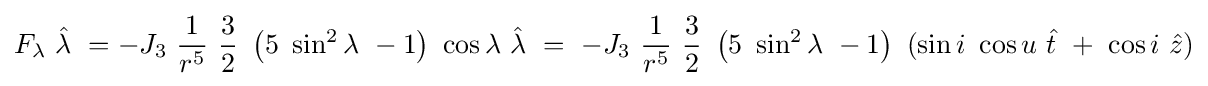
F_{\lambda }\ {\hat {\lambda }}\ =-J_{3}\ {\frac {1}{r^{5}}}\ {\frac {3}{2}}\ \left(5\ \sin ^{2}\lambda \ -1\right)\ \cos \lambda \ {\hat {\lambda }}\ =\ -J_{3}\ {\frac {1}{r^{5}}}\ {\frac {3}{2}}\ \left(5\ \sin ^{2}\lambda \ -1\right)\ (\sin i\ \cos u\ {\hat {t}}\ +\ \cos i\ {\hat {z}})